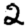
Digit: 2